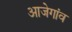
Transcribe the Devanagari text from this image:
आजेगांव